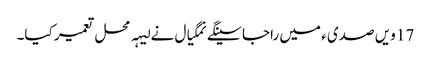
17 ویں صدی ء میں راجا سینگے نمگیال نے لیہہ محل تعمیر کیا۔